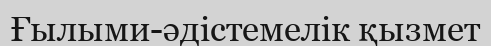
Ғылыми-әдістемелік қызмет